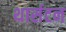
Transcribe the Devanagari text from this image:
थार्सटन